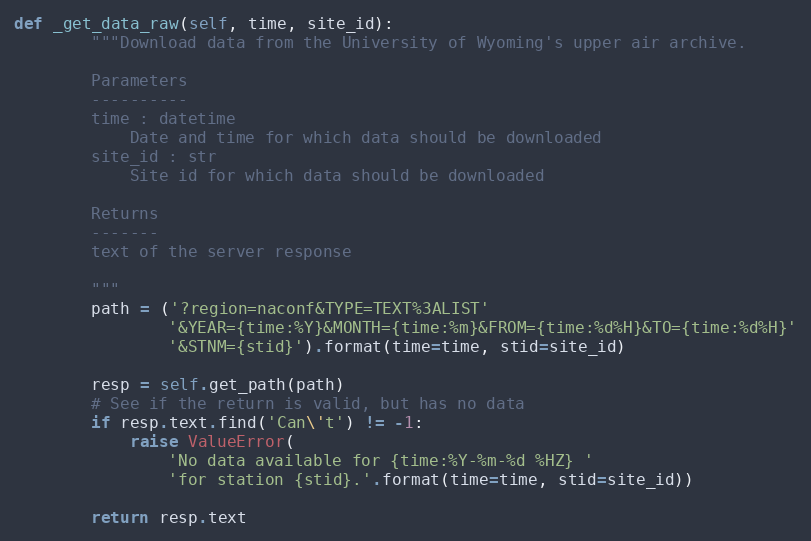
Language: Python
def _get_data_raw(self, time, site_id):
        """Download data from the University of Wyoming's upper air archive.

        Parameters
        ----------
        time : datetime
            Date and time for which data should be downloaded
        site_id : str
            Site id for which data should be downloaded

        Returns
        -------
        text of the server response

        """
        path = ('?region=naconf&TYPE=TEXT%3ALIST'
                '&YEAR={time:%Y}&MONTH={time:%m}&FROM={time:%d%H}&TO={time:%d%H}'
                '&STNM={stid}').format(time=time, stid=site_id)

        resp = self.get_path(path)
        # See if the return is valid, but has no data
        if resp.text.find('Can\'t') != -1:
            raise ValueError(
                'No data available for {time:%Y-%m-%d %HZ} '
                'for station {stid}.'.format(time=time, stid=site_id))

        return resp.text